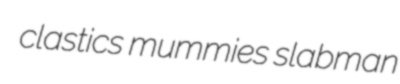
clastics mummies slabman